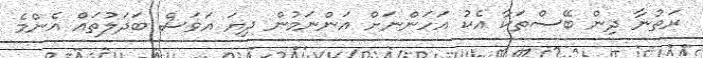
ރަތުނާ ދިން ބޭސްތަކާ އެކު އަހަންނަށް އަންނަމުން ދިޔަ އަވަސް ބަދަލުތައް އެންމެ